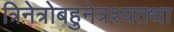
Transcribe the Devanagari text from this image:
त्रिनेत्रोबहुनेत्रश्यतथा